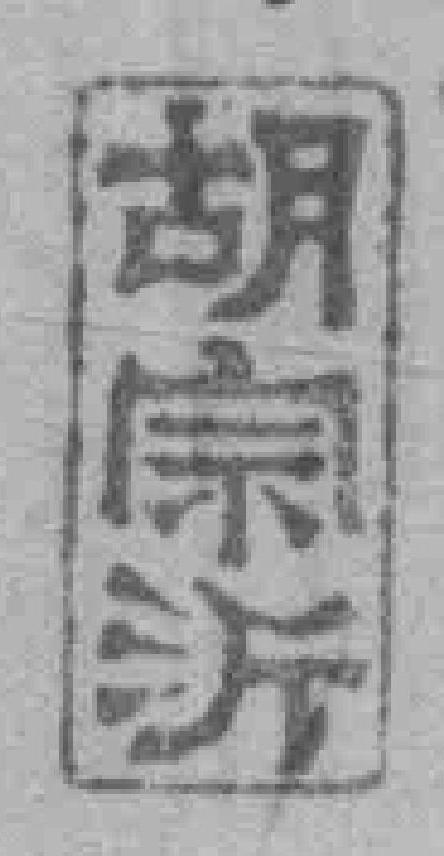
胡宗沂